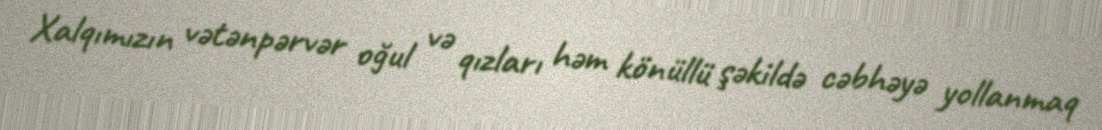
Xalqımızın vətənpərvər oğul və qızları həm könüllü şəkildə cəbhəyə yollanmaq